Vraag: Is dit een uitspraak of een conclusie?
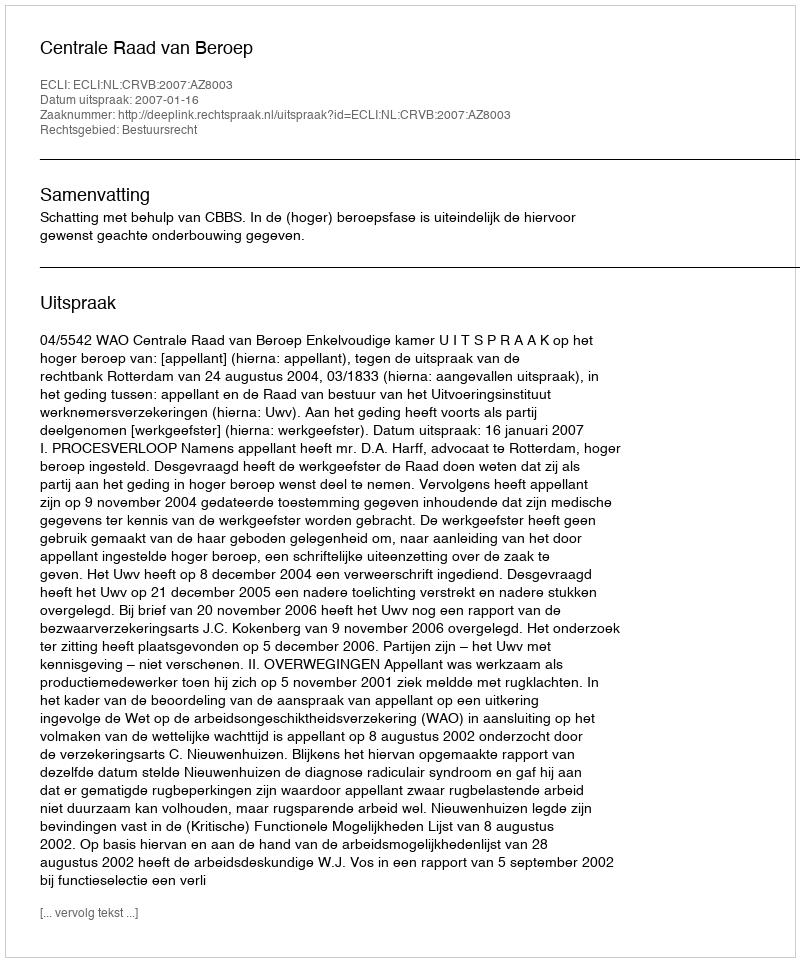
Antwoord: Uitspraak